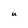
Character: U